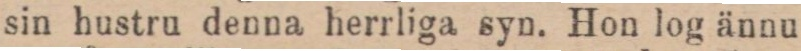
sin hustru denna herrliga syn. Hon log ännu